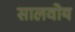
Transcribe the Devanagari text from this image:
सालवोय